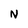
Character: N